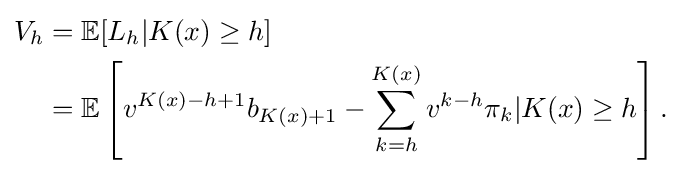
{\begin{aligned}V_{h}&=\mathbb {E} [L_{h}|K(x)\geq h]\\&=\mathbb {E} \left[v^{K(x)-h+1}b_{K(x)+1}-\sum _{k=h}^{K(x)}v^{k-h}\pi _{k}|K(x)\geq h\right].\end{aligned}}